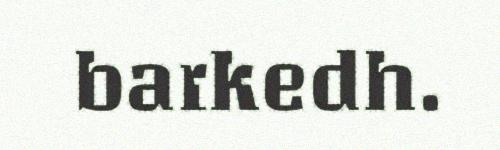
barkedh.